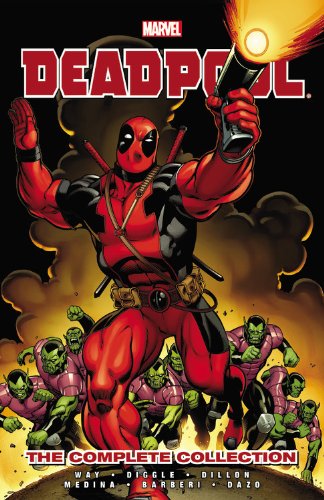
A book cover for Deadpool by Daniel Way: The Complete Collection - Volume 1; Daniel Way; Comics & Graphic Novels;